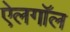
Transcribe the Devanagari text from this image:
ऐलगॉल